Report on vaccination North-West Frontier Province 1904-1922 - 1904-1922
Year: 1904
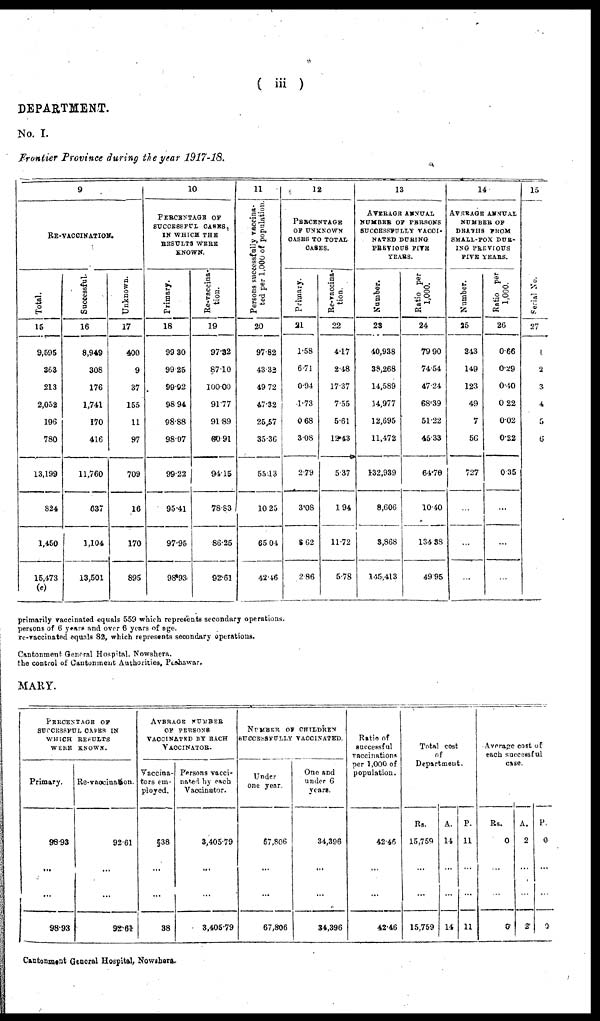
( iii )
DEPARTMENT.
No. I.
Frontier Province during the year 1917-18.
9
RE-VACCINATION.
Total.
15
9,595
363
213
2,052
196
780
13,199
824
1,450
15,473
(c)
Successful.
16
8,949
306
176
1,741
170
416
11,760
637
1,104
13,501
Unknown.
17
400
9
37
155
11
97
709
16
170
895
10
PERCENTAGE OF
SUCCESSFUL CASES,
IN WHICH THE
RESULTS WERE
KNOWN.
Primary.
18
99.30
99.25
99.92
98.94
98.88
98.07
99.22
95.41
97.95
98.93
Re-vaccina-
tion.
19
97.32
87.10
100.00
91.77
91.89
90.91
94.15
78.83
86.25
92.61
11
Persons successfully vaccina-
ted per 1,000 of population.
20
97.82
43.32
49.72
47.32
25,57
35.36
55.13
10.25
65.04
42.46
12
PERCENTAGE
OF UNKNOWN
CASES TO TOTAL
CASES.
Primary.
21
1.58
6.71
0.94
1.73
0.68
3.08
2.79
3.08
8.62
2.86
Re-vaccina-
tion.
22
4.17
2.48
17.37
7.55
5.61
12.43
5.37
1.94
11.72
5.78
13
AVERAGE ANNUAL
NUMBER OF PERSONS
SUCCESSFULLY VACCI-
NATED DURING
PREVIOUS FIVE
YEARS.
Number.
23
40,938
38,268
14,589
14,977
12,695
11,472
132,939
8,606
3,868
145,413
Ratio per
1,000.
24
79.90
74.54
47.24
68.39
51.22
45.33
64.70
10.40
134,38
49.95
14
AVERAGE ANNUAL
NUMBER OF
DEATHS FROM
SMALL-POX DUR-
ING PREVIOUS
FIVE YEARS.
Number.
25
343
149
123
49
7
56
727
...
...
...
Ratio per
1,000.
26
0.66
0.29
0.40
0.22
0.02
0.22
0.35
...
...
...
15
Serial No.
27
1
2
3
4
5
6
primarily vaccinated equals 559 which represents secondary operations.
persons of 6 years and over 6 years of age.
re-vaccinated equals 82, which represents secondary operations.
Cantonment General Hospital. Nowshera.
the control of Cantonment Authorities, Peshawar.
MARY.
PERCENTAGE OF
SUCCESSFUL CASES IN
WHICH RESULTS
WERE KNOWN.
Primary.
98.93
...
...
98.93
Re-vaccination.
92.61
...
...
92.61
AVERAGE NUMBER
OF PERSONS
VACCINATED BY EACH
VACCINATOR.
Vaccina-
tors em-
ployed.
§38
...
...
38
Persons vacci-
nated by each
Vaccinator.
3,405.79
...
...
3,405.79
NUMBER OF CHILDREN
SUCCESSFULLY VACCINATED.
Under
one year.
67,806
...
...
67,806
One and
under 6
years.
34,396
...
...
34,396
Ratio of
successful
vaccinations
per 1,000 of
population.
42.46
...
...
42.46
Total cost
of
Department.
Rs.
15,759
...
...
15,759
A.
14
...
...
14
P.
11
...
...
11
Average cost of
each successful
case.
Rs.
0
...
...
0
A.
2
...
...
2
P.
0
...
...
0
Cantonment General Hospital, Nowshera.